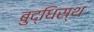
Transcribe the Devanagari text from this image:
बुद्धिस्थ